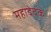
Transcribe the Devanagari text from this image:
महादेवक